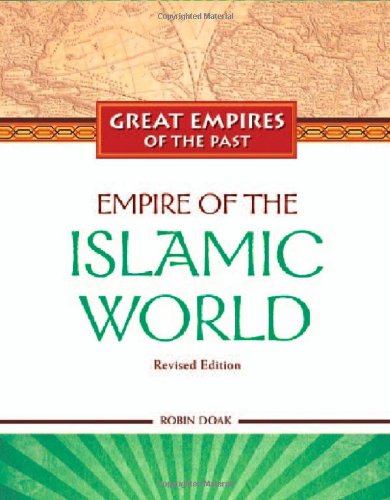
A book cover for Empire of the Islamic World (Great Empires of the Past); Robin S. Doak; Children's Books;